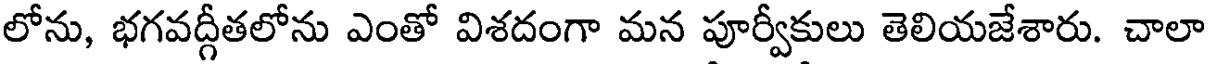
లోను, భగవద్గీతలోను ఎంతో విశదంగా మన పూర్వీకులు తెలియజేశారు. చాలా